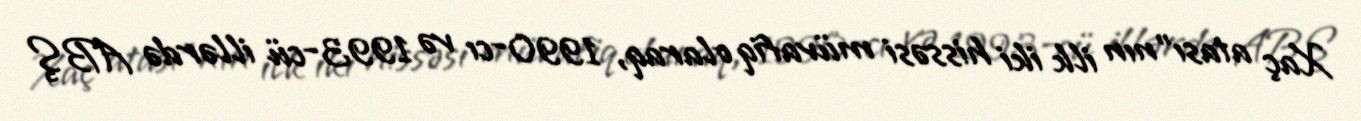
Xaç atası"nın ilk iki hissəsi müvafiq olaraq, 1990-cı və 1993-cü illərdə ABŞ